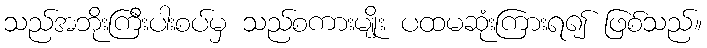
သည်အဘိုးကြီးပါးစပ်မှ သည်စကားမျိုး ပထမဆုံးကြားရ၍ ဖြစ်သည်။